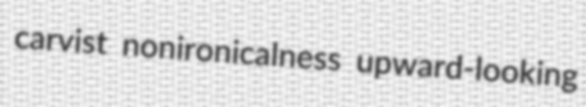
carvist nonironicalness upward-looking